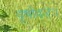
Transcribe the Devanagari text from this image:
वृषोदरः।